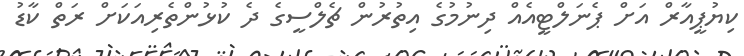
ކިޔުޕީއާރް އަށް ޕެނަލްޓީއެއް ދިނުމުގެ އިތުރުން ޗެލްސީގެ ދެ ކުޅުންތެރިއަކަށް ރަތް ކާޑު